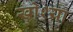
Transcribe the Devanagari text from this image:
खोश्या